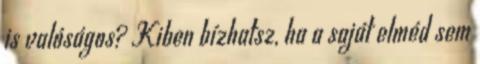
is valóságos? Kiben bízhatsz, ha a saját elméd sem